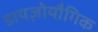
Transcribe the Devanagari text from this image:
डायज़ोयौगिक